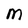
Character: M